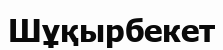
Шұқырбекет